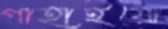
গাহাইয়ো